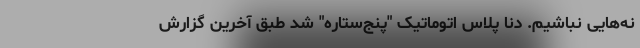
نه‌هایی نباشیم. دنا پلاس اتوماتیک "پنج‌ستاره" شد طبق آخرین گزارش